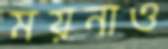
ময়নাও